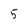
Character: 5